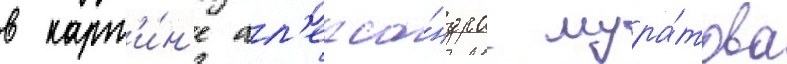
в карт'и́н'е ал'екса́ндра мура́това